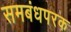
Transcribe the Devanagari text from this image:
समबंधपरक